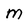
Character: M